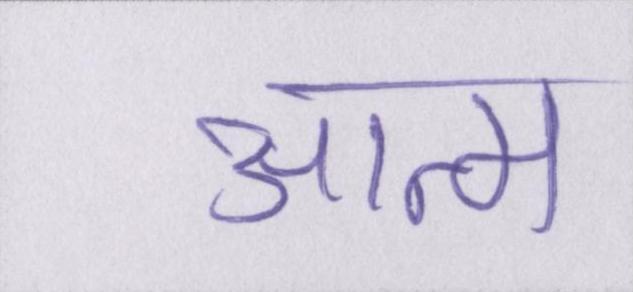
आत्म